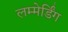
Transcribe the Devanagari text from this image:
लम्मेर्डिंग